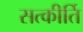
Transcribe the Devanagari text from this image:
सत्कीर्ति